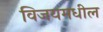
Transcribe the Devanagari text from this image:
विजयमधील